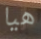
هيا